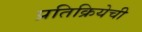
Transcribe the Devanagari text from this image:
प्रतिक्रियेची